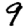
Digit: 9